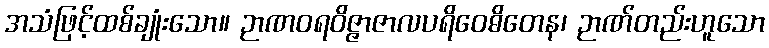
အသံဖြင့်ထစ်ချုံးသော။ ဉာဏဝရဝိဇ္ဇာဇာလပရိဝေဓိတေန၊ ဉာဏ်တည်းဟူသော